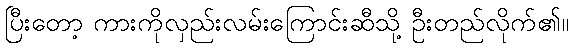
ပြီးတော့ ကားကိုလှည်းလမ်းကြောင်းဆီသို့ ဦးတည်လိုက်၏။